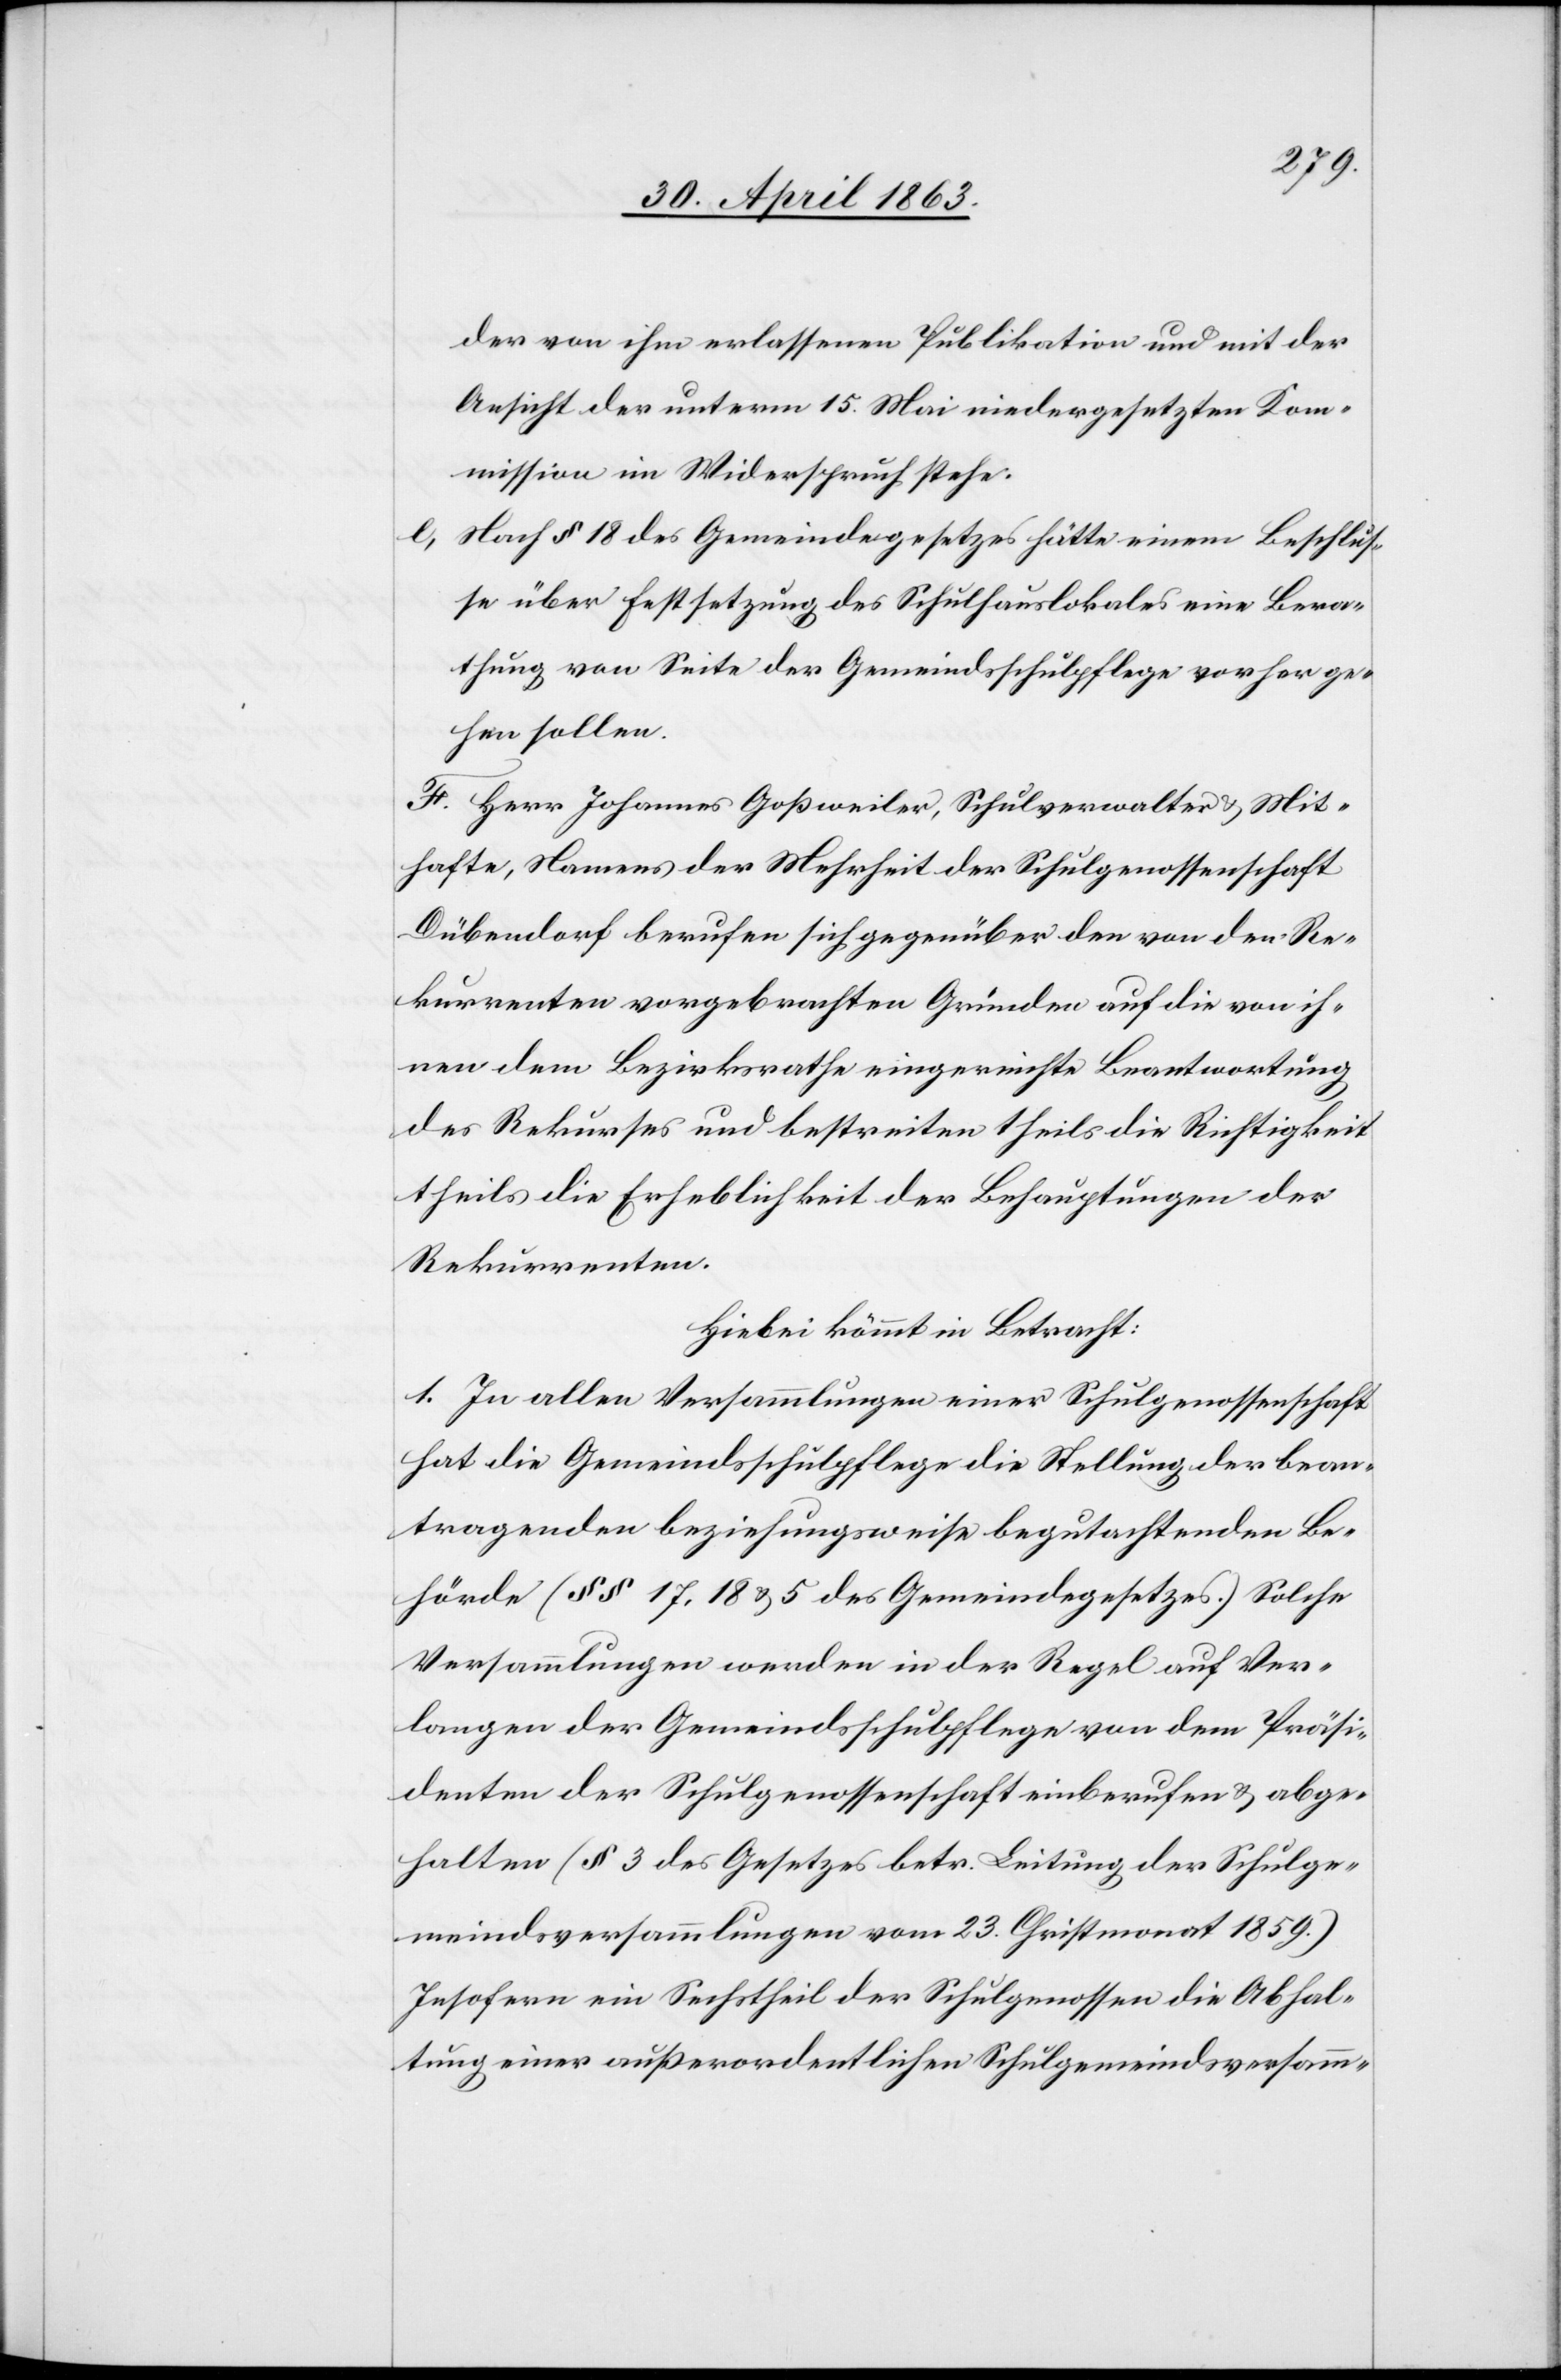
der von ihm erlassenen Publikation und mit der
Ansicht der unterm 15. Mai niedergesetzten Kom¬
mission in Widerspruch stehe.
e) Nach § 18 des Gemeindegesetzes hätte einem Beschlus¬
se über Festsetzung des Schulhauslokales eine Bera¬
thung von Seite der Gemeindsschulpflege vorherge¬
hen sollen.
F. Herr Johannes Goßweiler, Schulverwalter & Mit¬
hafte, Namens der Mehrheit der Schulgenossenschaft
Dübendorf berufen sich gegenüber den von den Re¬
kurrenten vorgebrachten Gründen auf die von ih¬
nen dem Bezirksrathe eingereichte Beantwortung
des Rekurses und bestreiten theils die Richtigkeit
theils die Erheblichkeit der Behauptungen der
Rekurrenten.
Hiebei kömmt in Betracht:
1. In allen Versammlungen einer Schulgenossenschaft
hat die Gemeindsschulpflege die Stellung der bean¬
tragenden beziehungsweise begutachtenden Be¬
hörde (§§ 17, 18 & 5 des Gemeindegesetzes.) Solche
Versammlungen werden in der Regel auf Ver¬
langen der Gemeindsschulpflege von dem Präsi¬
denten der Schulgenossenschaft einberufen & abge¬
halten (§ 3 des Gesetzes betr. Leitung der Schulge¬
meindsversammlungen vom 23. Christmonat 1859.)
Insofern ein Sechstheil der Schulgenossen die Abhal¬
tung einer außerordentlichen Schulgemeindsversamm-